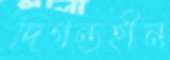
দিগন্তহীন